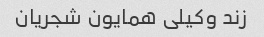
زند وکیلی همایون شجریان